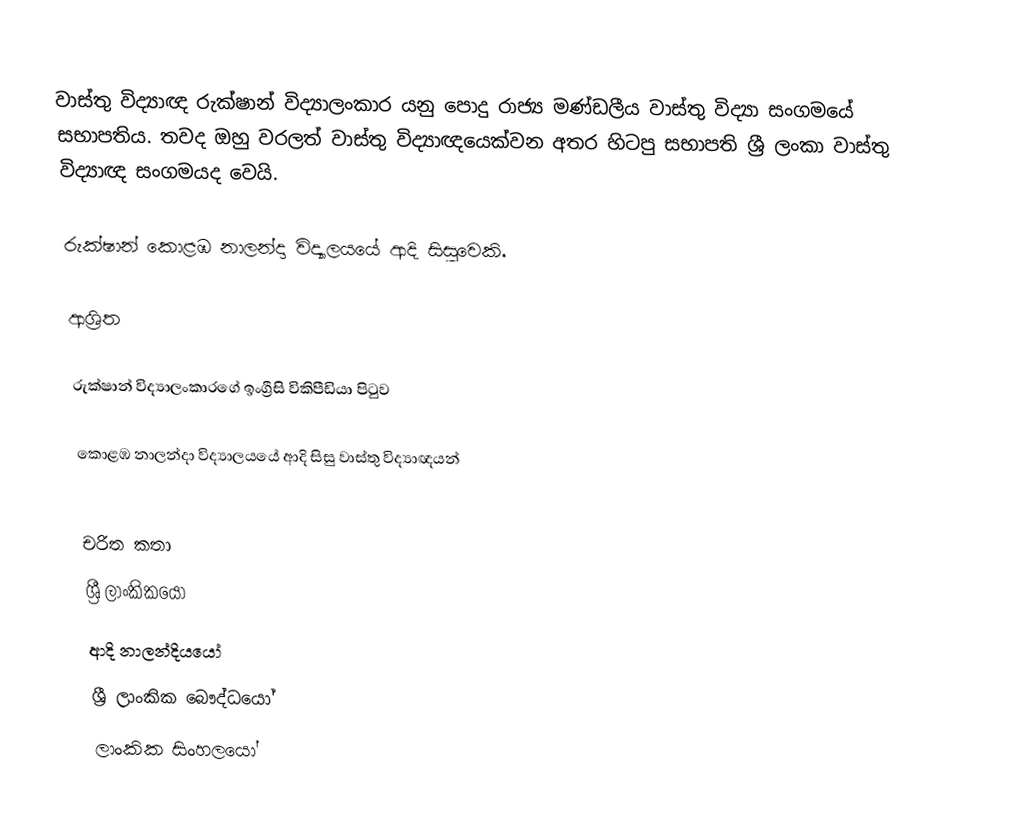
වාස්තු විද්‍යාඥ රුක්ෂාන් විද්‍යාලංකාර  යනු පොදු රාජ්‍ය මණ්ඩලීය වාස්තු විද්‍යා සංගමයේ සභාපතිය. තවද ඔහු වරලත් වාස්තු විද්‍යාඥයෙක්වන අතර හිටපු සභාපති ශ්‍රී ලංකා වාස්තු විද්‍යාඥ සංගමයද වෙයි.

රුක්ෂාන්  කොළඹ නාලන්දා විද්‍යාලයයේ ආදි සිසුවෙකි.

ආශ්‍රිත

 රුක්ෂාන් විද්‍යාලංකාරගේ ඉංග්‍රීසි විකිපීඩියා පිටුව

 කොළඹ නාලන්දා විද්‍යාලයයේ ආදි සිසු වාස්තු විද්‍යාඥයන්

චරිත කතා
ශ්‍රී ලාංකිකයෝ
ආදි නාලන්දියයෝ
ශ්‍රී ලාංකික බෞද්ධයෝ
ලාංකික සිංහලයෝ